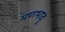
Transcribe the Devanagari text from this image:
मणभावू